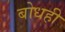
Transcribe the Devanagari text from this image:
बोधही